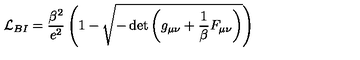
{ \cal L } _ { { B I } } = \frac { \beta ^ { 2 } } { e ^ { 2 } } \left( 1 - \sqrt { - \det \left( g _ { \mu \nu } + \frac 1 \beta F _ { \mu \nu } \right) } \right)